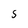
Character: S